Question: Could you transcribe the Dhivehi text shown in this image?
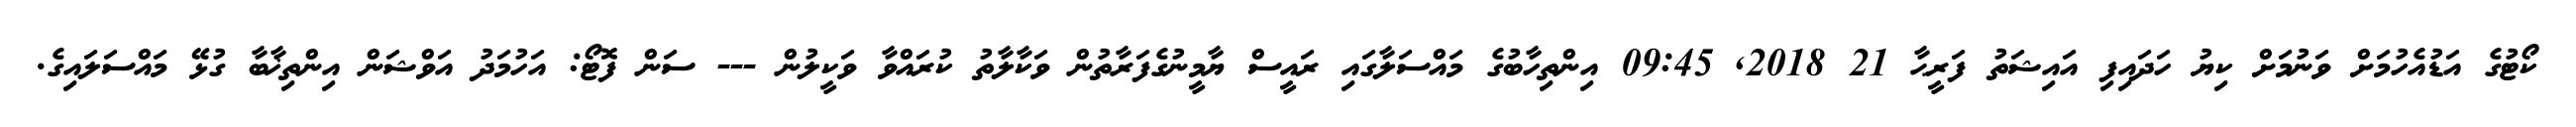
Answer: ކޯޓުގެ އަޑުއެހުމަށް ވަނުމަށް ކިޔު ހަދައިފި އައިޝަތު ފަރީޙާ 21 2018, 09:45 އިންތިހާބުގެ މައްސަލާގައި ރައީސް ޔާމީނުގެފަރާތުން ވަކާލާތު ކުރައްވާ ވަކީލުން --- ސަން ފޮޓޯ: އަހުމަދު އަވްޝަން އިންތިޚާބާ ގުޅޭ މައްސަލައިގެ.